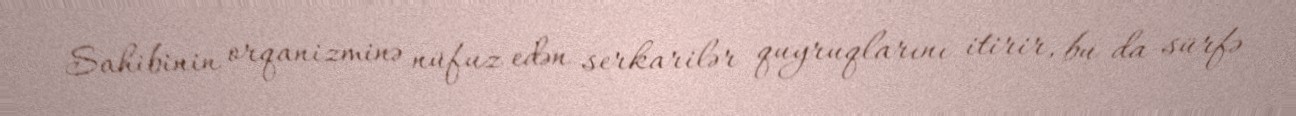
Sahibinin orqanizminə nüfuz edən serkarilər quyruqlarını itirir, bu da sürfə